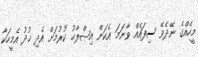
މީހެއްގެ ނޭދެވޭ ސިފައެއް ވާނަމަ އެކަން އިޞްލާޙު ކުރުމަށް އެދި ޚުދު އެމީހަކާ